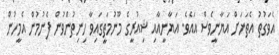
އެވަގުތު އެތަނަށް އަޔާނީވެސް އައެވެ. އަޔާނީއާއި ޝިއުރީގެ މޫނުމަތީގައިވާ ހިނިތުންވުން ފެނުމުން އެމީހުން